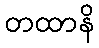
တထာနိ